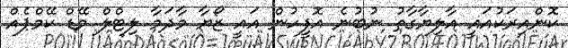
ކޮންއިރަކުއައީ އާލިޔާގާތު ނުބުނެ އޮފީހުން އައީ ޒޯޔާ މާދަމާ ލިޓްލް މޭޑް ކޭމްޕެއް